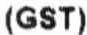
(GST)